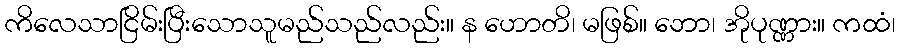
ကိလေသာငြိမ်းပြီးသောသူမည်သည်လည်း။ န ဟောတိ၊ မဖြစ်။ ဘော၊ အိုပုဏ္ဏား။ ကထံ၊